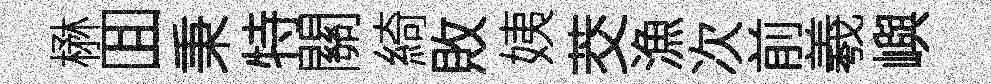
楙囬秉特關綺敗姨茭漁次前羲嶼